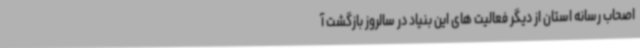
اصحاب رسانه استان از دیگر فعالیت های این بنیاد در سالروز بازگشت آ